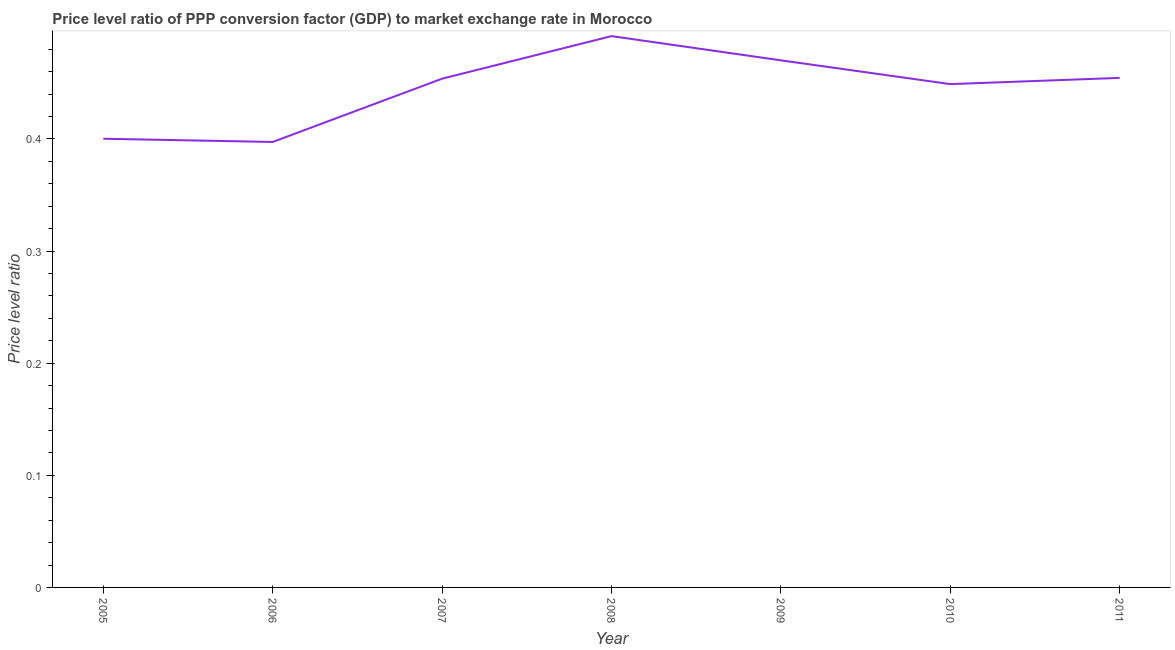
| Year | Price level ratio |
 | --- | --- |
 | 2005 | 0.4 |
 | 2006 | 0.397 |
 | 2007 | 0.454 |
 | 2008 | 0.492 |
 | 2009 | 0.47 |
 | 2010 | 0.449 |
 | 2011 | 0.455 |